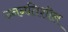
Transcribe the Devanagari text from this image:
उननतिशील